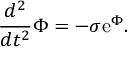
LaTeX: \frac { d ^ { 2 } } { d t ^ { 2 } } \Phi = - \sigma \mathrm { e } ^ { \Phi } .